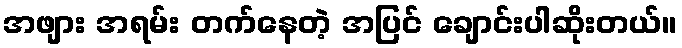
အဖျား အရမ်း တက်နေတဲ့ အပြင် ချောင်းပါဆိုးတယ်။